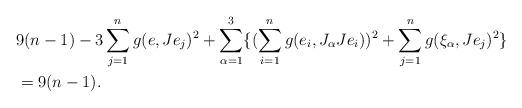
LaTeX: \begin{align*}&9(n-1) - 3\sum_{j=1}^n g(e,Je_j)^2 + \sum_{\alpha=1}^3 \{(\sum_{i=1}^n g(e_i,J_{\alpha}Je_i))^2 + \sum_{j=1}^ng(\xi_{\alpha},Je_j)^2 \} \\&= 9(n-1).\end{align*}